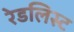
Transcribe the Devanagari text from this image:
रेडलिस्ट